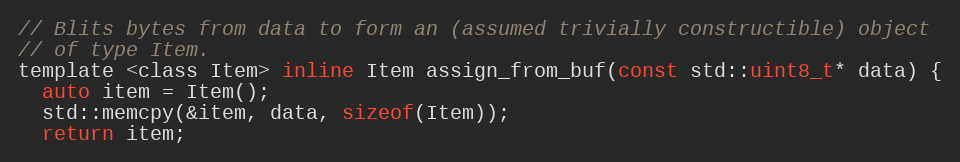
Language: C
// Blits bytes from data to form an (assumed trivially constructible) object
// of type Item.
template <class Item> inline Item assign_from_buf(const std::uint8_t* data) {
  auto item = Item();
  std::memcpy(&item, data, sizeof(Item));
  return item;